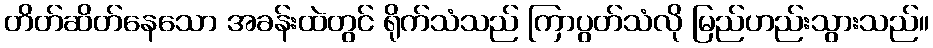
တိတ်ဆိတ်နေသော အခန်းထဲတွင် ရိုက်သံသည် ကြာပွတ်သံလို မြည်ဟည်းသွားသည်။